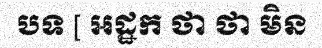
បទ [ អដ្ឋក ថា ថា មិន